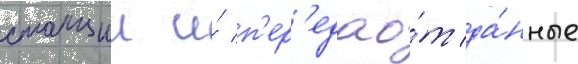
станции и́ п'ер'едао́т да́нные